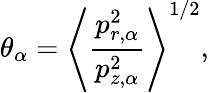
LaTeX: \theta_{\alpha}=\left<\frac{p_{r,\alpha}^{2}}{p_{z,\alpha}^{2}}\right>^{1/2},